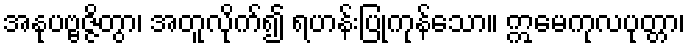
အနုပဗ္ဗဇ္ဇိတွာ၊ အတူလိုက်၍ ရဟန်းပြုကုန်သော။ ဣမေကုလပုတ္တာ၊